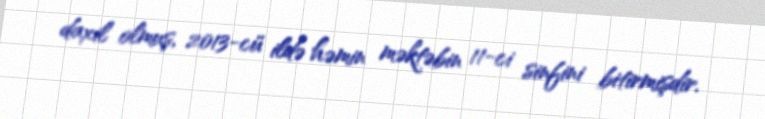
daxil olmuş, 2013-cü ildə həmin məktəbin 11-ci sinfini bitirmişdir.